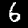
Digit: 6